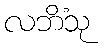
လဘိံသု